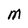
Character: M